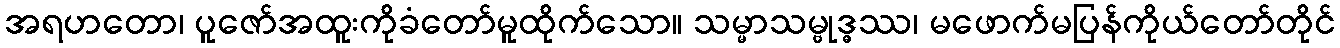
အရဟတော၊ ပူဇော်အထူးကိုခံတော်မူထိုက်သော။ သမ္မာသမ္ဗုဒ္ဓဿ၊ မဖောက်မပြန်ကိုယ်တော်တိုင်